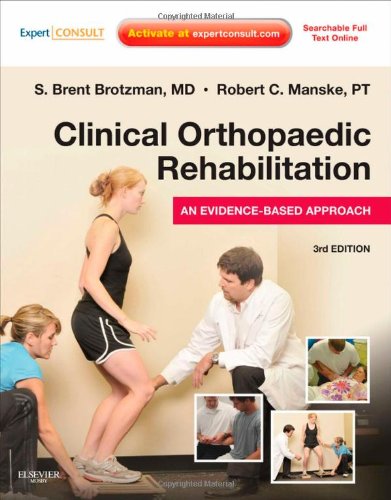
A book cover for Clinical Orthopaedic Rehabilitation: An Evidence-Based Approach: Expert Consult - Online and Print, 3e (Expert Consult Title: Online + Print); S. Brent Brotzman MD; Medical Books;